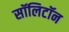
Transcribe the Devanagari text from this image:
सॉलिटॉन